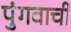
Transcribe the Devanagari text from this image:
पुंगवाची